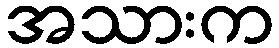
အသားက